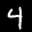
Label: 4